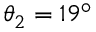
\theta _ { 2 } = 1 9 ^ { \circ }